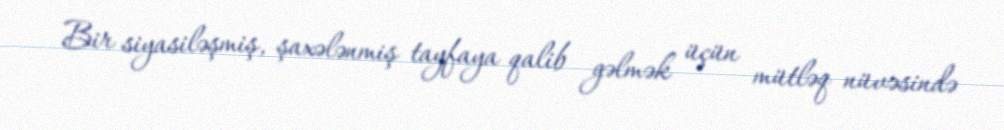
Bir siyasiləşmiş, şaxələnmiş tayfaya qalib gəlmək üçün mütləq nüvəsində